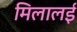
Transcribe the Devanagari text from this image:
मिलालई